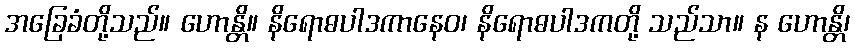
အခြေခံတို့သည်။ ဟောန္တိ။ နိရောဓပါဒကာနေဝ၊ နိရောဓပါဒကတို့ သည်သာ။ န ဟောန္တိ၊